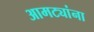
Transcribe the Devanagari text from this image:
आमट्यांना